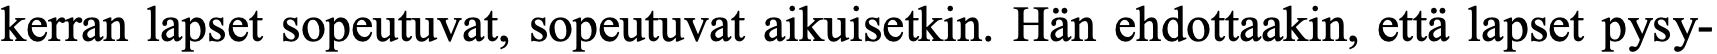
kerran lapset sopeutuvat, sopeutuvat aikuisetkin. Hän ehdottaakin, että lapset pysy-